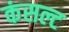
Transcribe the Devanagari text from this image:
कंसल्ट